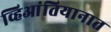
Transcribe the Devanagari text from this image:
व्हिआंतियानात